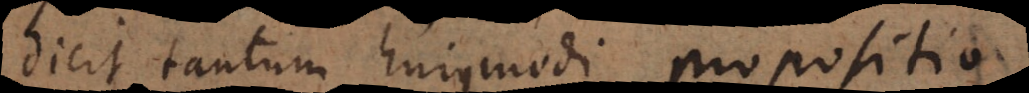
dicit tantum hujusmodi propositio